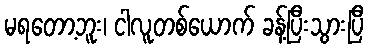
မရတော့ဘူး၊ ငါလူတစ်ယောက် ခန့်ပြီးသွားပြီ